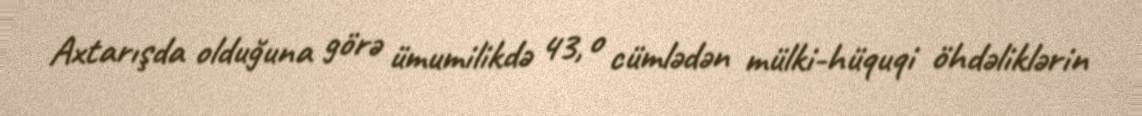
Axtarışda olduğuna görə ümumilikdə 43, o cümlədən mülki-hüquqi öhdəliklərin